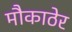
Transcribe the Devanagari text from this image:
मौकाठेर